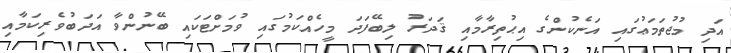
އަދި މުޖުތަމަޢުގައި އަނެކުންގެ އިޙުތިރާމާއި ޤަދަރު ލިބޭފަދަ މީހެއްކަމުގައި ވުމަށްޓަކައި ބޭނުންވާ އަދަބުވެރިކަމާއި